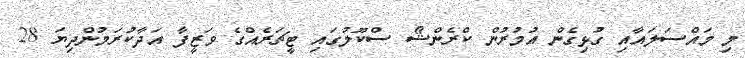
މި މައްސަލައާއި ގުޅިގެން އުމުރުން ކްރެންޝޯ ސްކޫލުގައި ޓީޗަރެއްގެ ވަޒީފާ އަދާކުރަމުންދިޔަ 28